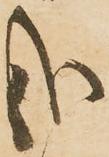
哉